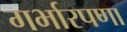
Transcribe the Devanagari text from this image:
गर्भारपणा